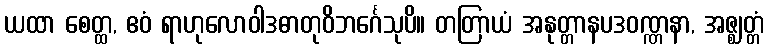
ယထာ စေတ္ထ, ဧဝံ ရာဟုလောဝါဒဓာတုဝိဘင်္ဂေသုပိ။ တတြာယံ အနုတ္တာနပဒဝဏ္ဏနာ, အဇ္ဈတ္တံ